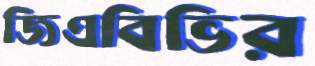
জিএবিভির